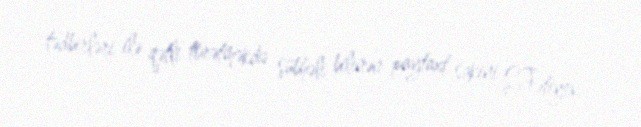
tədbirləri ilə qətli törətməkdə şübhəli bilinən paytaxt sakini Ş.Fətiyev,